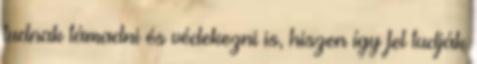
tudnak támadni és védekezni is, hiszen így fel tudják